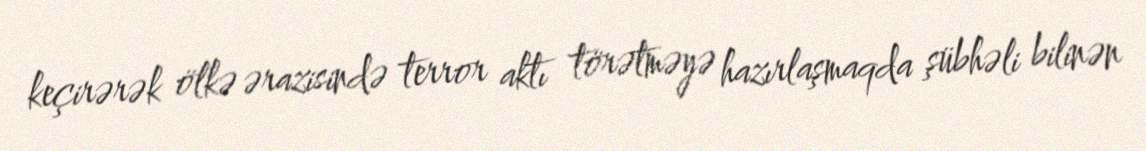
keçirərək ölkə ərazisində terror aktı törətməyə hazırlaşmaqda şübhəli bilinən